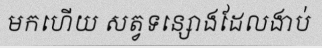
មកហើយ សត្វទន្សោងដែលងាប់